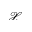
\mathcal { X }